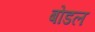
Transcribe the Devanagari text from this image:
बोडल